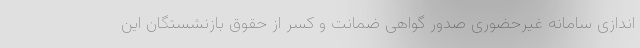
اندازی سامانه غیرحضوری صدور گواهی ضمانت و کسر از حقوق بازنشستگان این